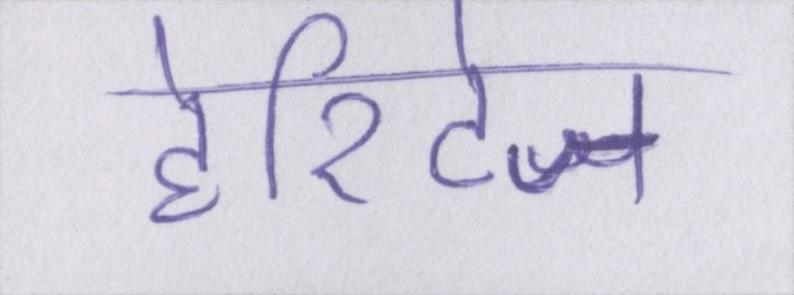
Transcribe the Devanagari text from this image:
हेरिटेज